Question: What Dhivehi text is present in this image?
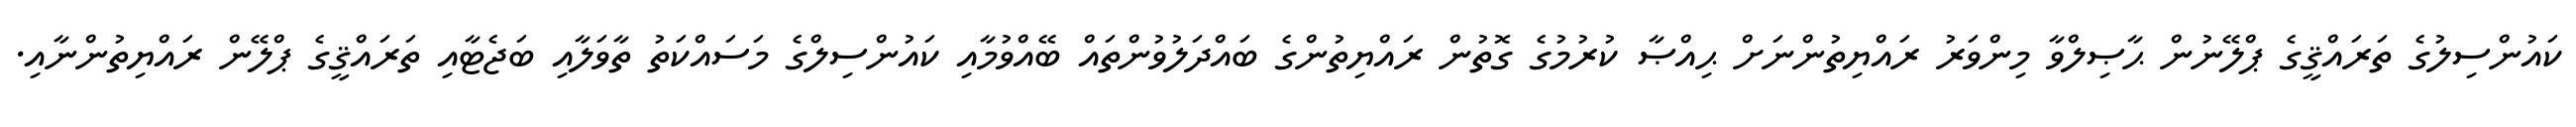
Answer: ކައުންސިލުގެ ތަރައްޤީގެ ޕްލޭނުން ޙާޞިލްވާ މިންވަރު ރައްޔިތުންނަށް ޙިއްޞާ ކުރުމުގެ ގޮތުން ރައްޔިތުންގެ ބައްދަލުވުންތައް ބޭއްވުމާއި ކައުންސިލްގެ މަސައްކަތު ތާވަލާއި ބަޖެޓާއި ތަރައްޤީގެ ޕްލޭން ރައްޔިތުންނާއި.